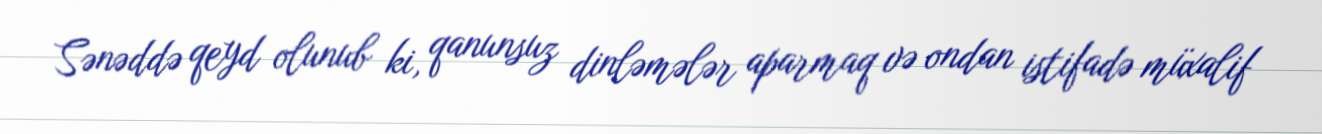
Sənəddə qeyd olunub ki, qanunsuz dinləmələr aparmaq və ondan istifadə müxalif